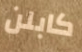
كابلن